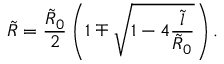
\tilde { R } = \frac { \tilde { R } _ { 0 } } { 2 } \left( 1 \mp \sqrt { 1 - 4 \frac { \tilde { l } } { \tilde { R } _ { 0 } } } \right) .